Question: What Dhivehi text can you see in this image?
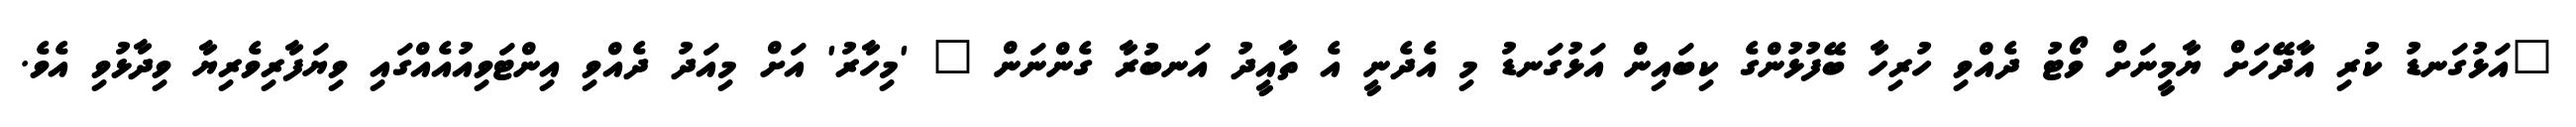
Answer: "އަޅުގަނޑު ކުރި އާދޭހަށް ޔާމީނަށް ވޯޓު ދެއްވި ހުރިހާ ބޭފުޅުންގެ ކިބައިން އަޅުގަނޑު މި އެދެނީ އެ ތާއީދު އަނބުރާ ގެންނަން " 'މިހާރު' އަށް މިއަދު ދެއްވި އިންޓަވިއުއެއްގައި ވިޔަފާރިވެރިޔާ ވިދާޅުވި އެވެ.